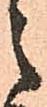
之